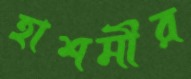
হাশমীর